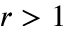
r > 1